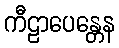
ကီဠာပေန္တေန